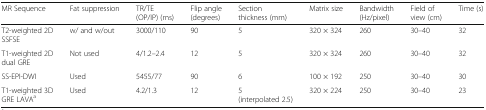
<table><thead><tr><td><b>MR Sequence</b></td><td><b>Fat suppression</b></td><td><b>TR/TE (OP/IP) (ms)</b></td><td><b>Flip angle (degrees)</b></td><td><b>Section thickness (mm)</b></td><td><b>Matrix size</b></td><td><b>Bandwidth (Hz/pixel)</b></td><td><b>Field of view (cm)</b></td><td><b>Time (s)</b></td></tr></thead><tbody><tr><td>T2-weighted 2D SSFSE</td><td>w/ and w/out</td><td>3000/110</td><td>90</td><td>5</td><td>320 × 324</td><td>260</td><td>30–40</td><td>32</td></tr><tr><td>T1-weighted 2D dual GRE</td><td>Not used</td><td>4/1.2–2.4</td><td>12</td><td>5</td><td>320 × 324</td><td>260</td><td>30–40</td><td>32</td></tr><tr><td>SS-EPI-DWI</td><td>Used</td><td>5455/77</td><td>90</td><td>6</td><td>100 × 192</td><td>250</td><td>30–40</td><td>30</td></tr><tr><td>T1-weighted 3D GRE LAVA<sup>a</sup></td><td>Used</td><td>4.2/1.3</td><td>12</td><td>5(interpolated 2.5)</td><td>320 × 224</td><td>250</td><td>30–40</td><td>23</td></tr></tbody></table>